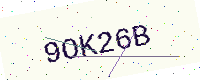
Text: 9OK26B